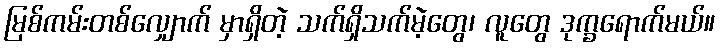
မြစ်ကမ်းတစ်လျှောက် မှာရှိတဲ့ သက်ရှိသက်မဲ့တွေ၊ လူတွေ ဒုက္ခရောက်မယ်။